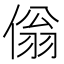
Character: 傟